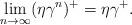
LaTeX: \begin{align*} \lim_{n\rightarrow \infty}(\eta\gamma^n)^+=\eta\gamma^+.\end{align*}